Eesti_Ajutine_Maanoukogu, lk 3
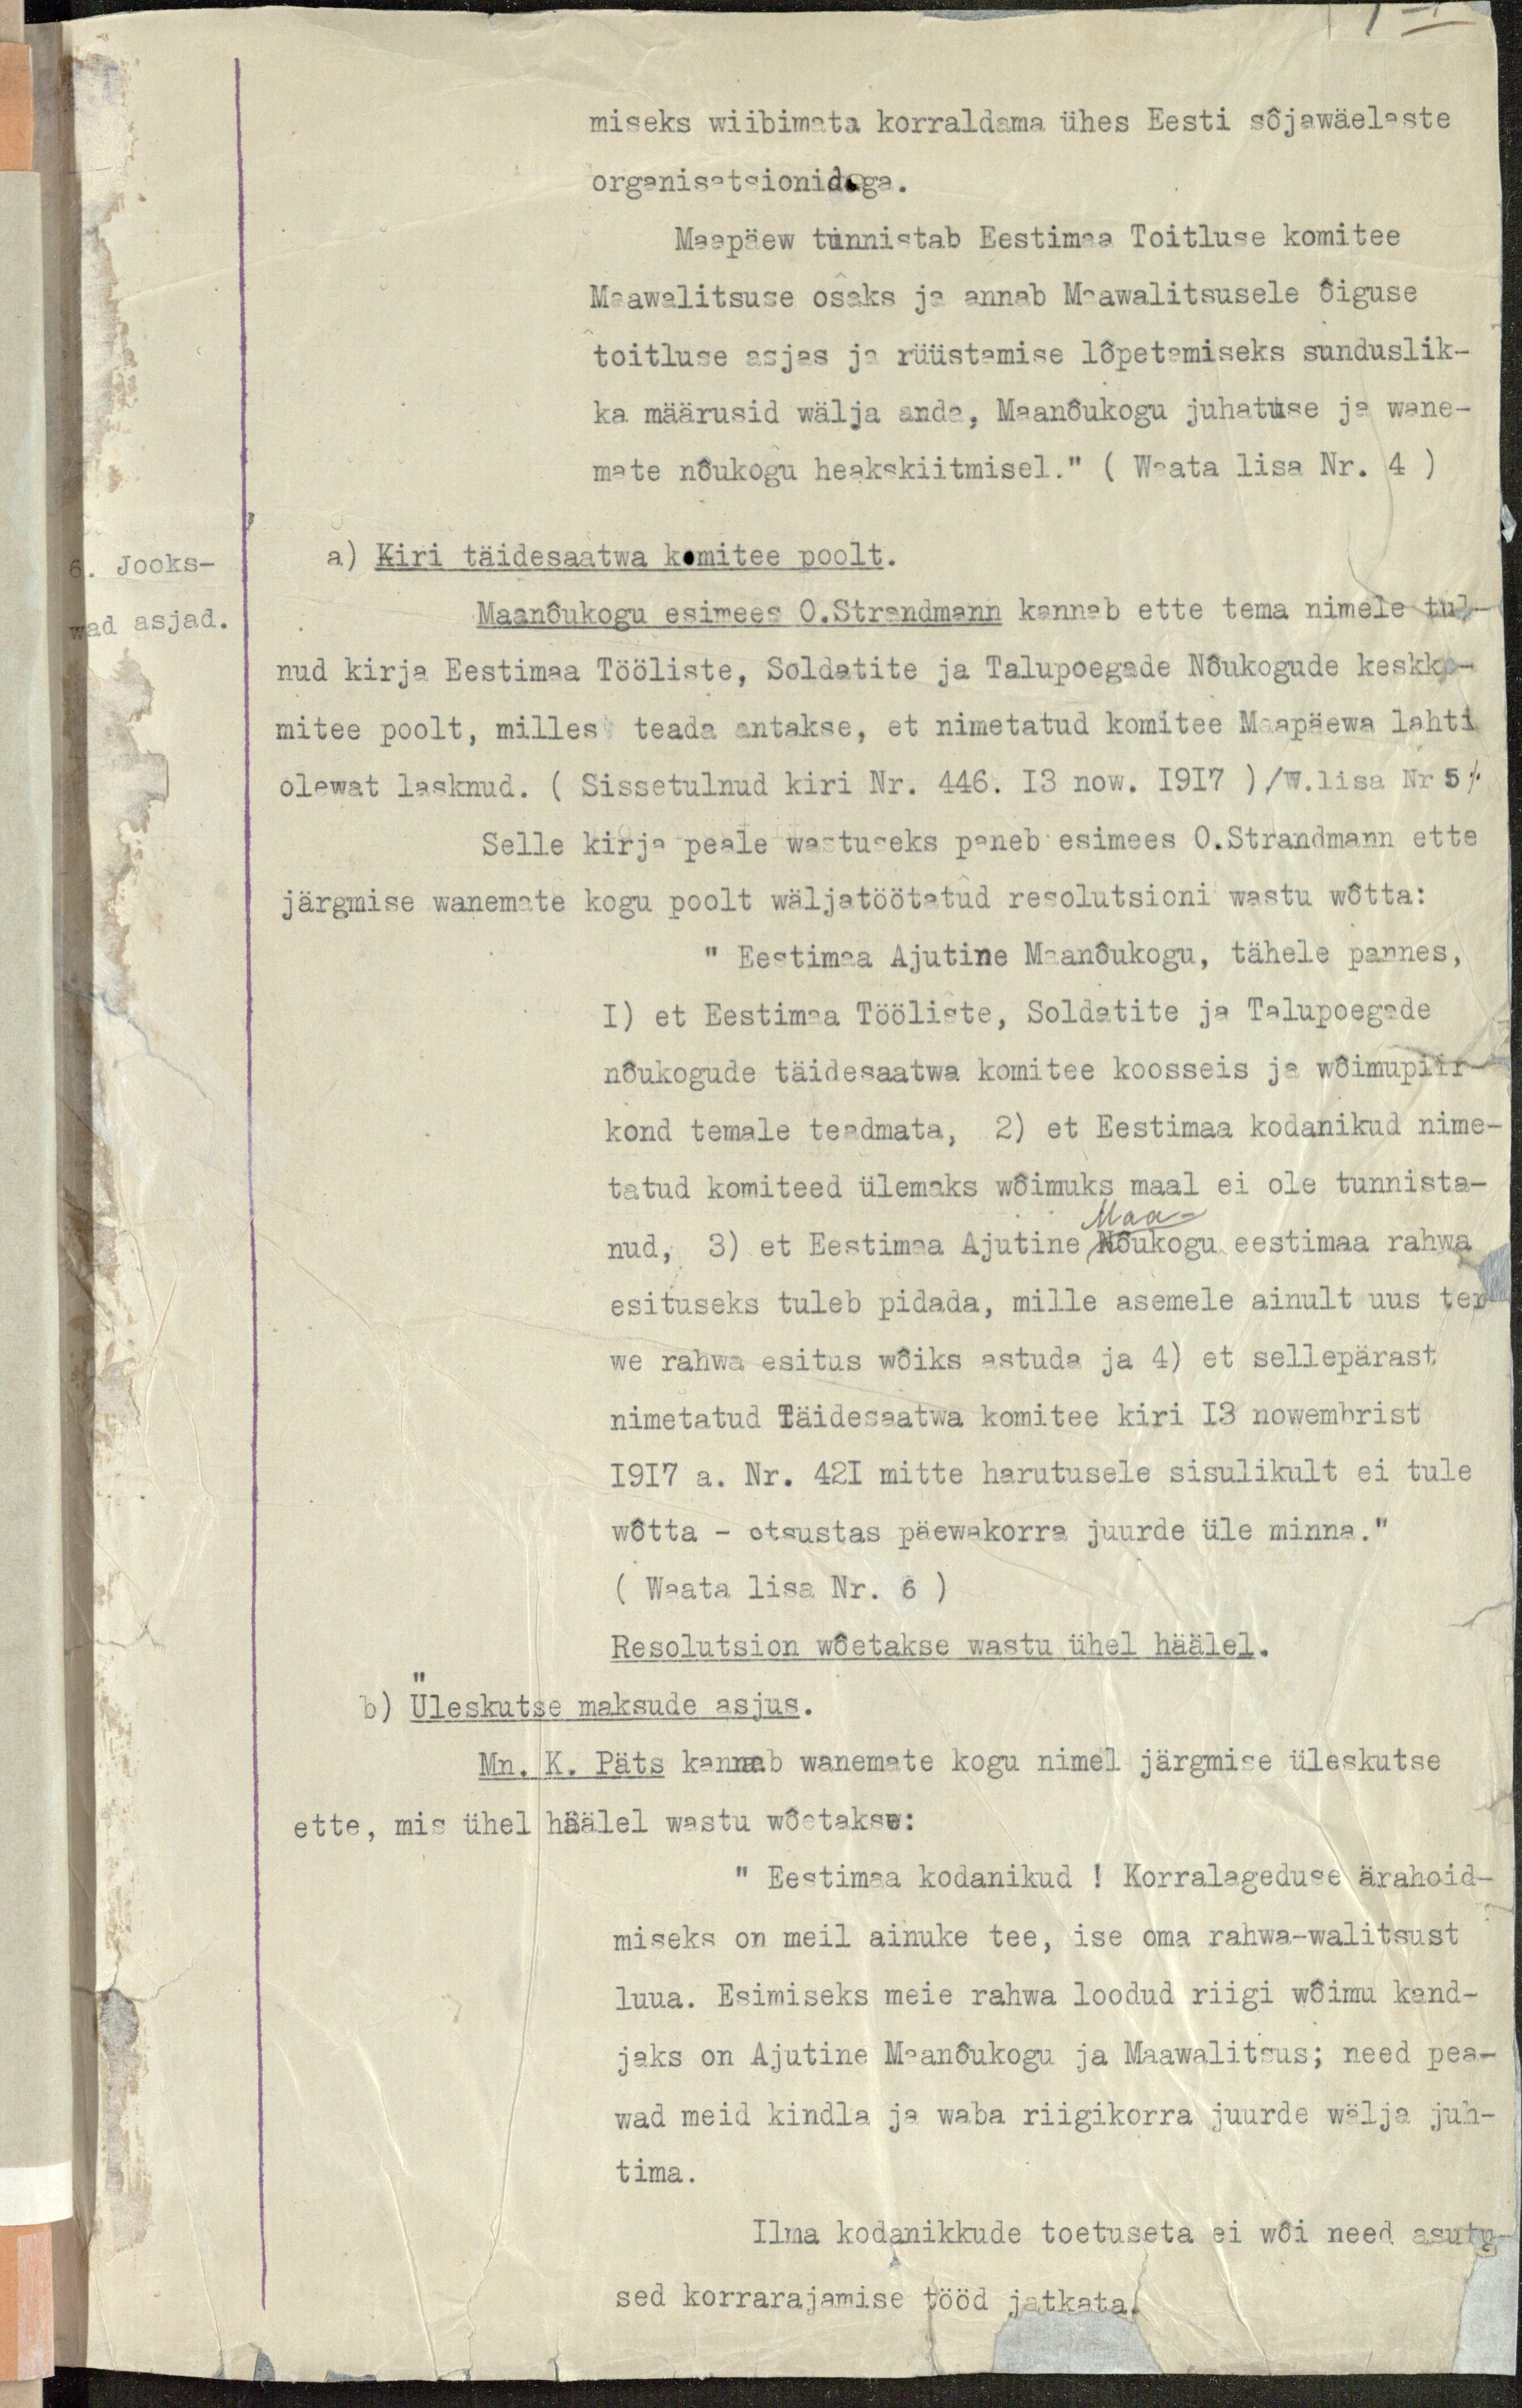
. Jooks-
wad asjad.

miseks wiibimata korraldama ühes Eesti sõjawäelaste
organisatsionidega.
Maapäew tunnistab Eestimaa Toitluse komitee
Maawalitsuse osaks ja annab Maawalitsusele õiguse
toitluse asjas ja rüüstamise lõpetamiseks sunduslik-
ka määrusid mälja anda, Maanõukogu juhatuse ja wane-
mate nõukogu heakskiitmisel." (Waata lisa Nr. 4)
a) Kiri täidesaatwa komitee poolt.
Maanõukogu esimees O.Strandmann kannab ette tema nimele tul-
nud kirja Eestimaa Tööliste, Soldatite ja Talupoegade Nõukogude keskko-
mitee poolt, milles teada antakse, et nimetatud komitee Maapäewa lahti
olewat lasknud. (Sissetulnud kiri Nr. 446. 13 now. 1917) /W. lisa Nr 5 /
Selle kirja peale wastuseks paneb esimees O. Strandmann ette
järgmise wanemate kogu poolt wäljatöötatud resolutsioni wastu wõtta:
"Eestimaa Ajutine Maanõukogu, tähele pannes,
I) et Eestimaa Tööliste, Soldatite ja Talupoegade
nõukogude täidesaatwa komitee koosseis ja wõimupiir-
kond temale teadmata, 2) et Eestimea kodanikud nime-
tatud komiteed ülemaks wõimuks maal ei ole tunnista-
Maa-
nud, 3) et Eestimaa Ajutine Nõukogu eestimaa rahwa
esituseks tuleb pidada, mille asemele ainult uus ter-
we rahwa esitus wõiks astuda ja 4) et sellepärast
nimetatud Täidesaatwa komitee kiri 13 nowembrist
1917 a. Nr. 421 mitte harutusele sisulikult ei tule
wõtta - otsustas päewakorra juurde üle minna."
(Waata lisa Nr. 6)
Resolutsion wõetakse wastu ühel häälel.
b) Üleskutse maksude asjus.
Mn. K. Päts kannab wanemate kogu nimel järgmise üleskutse
ette, mis ühel häälel wastu wõetakse:
"Eestimaa kodanikud ! Korralageduse ärahoid-
miseks on meil ainuke tee, ise oma rahwa-walitsust
luua. Esimiseks meie rahwa loodud riigi wõimu kand-
jeks on Ajutine Maanõukogu ja Maawalitsus; need pea-
wad meid kindla ja waba riigikorra juurde wälja juh-
tima.
Ilma kodanikkude toetuseta ei wõi need asutu-
sed korrarajamise tööd jatkata.